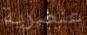
عنصرية